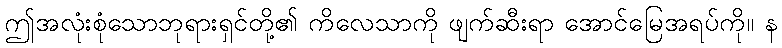
ဤအလုံးစုံသောဘုရားရှင်တို့၏ ကိလေသာကို ဖျက်ဆီးရာ အောင်မြေအရပ်ကို။ န